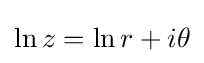
\ln z=\ln r+i\theta